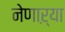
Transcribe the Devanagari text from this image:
नेणाऱ्या